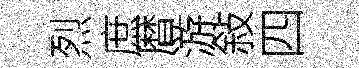
烈庶暦游敍四